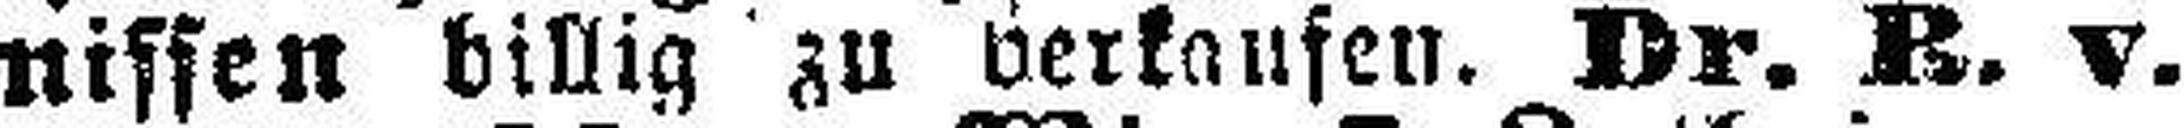
nissen billig zu verkaufen. Dr. R. v.